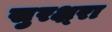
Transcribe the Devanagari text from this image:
सुरक्ष्रा